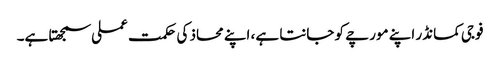
فوجی کمانڈر اپنے مورچے کو جانتا ہے، اپنے محاذ کی حکمت عملی سمجھتا ہے۔